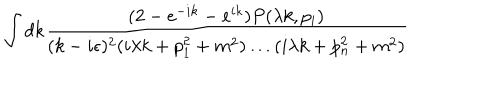
LaTeX: \int d k \frac { ( 2 - e ^ { - i k } - e ^ { i k } ) P ( \lambda k , p _ { i } ) } { ( k - i \epsilon ) ^ { 2 } ( i \lambda k + p _ { 1 } ^ { 2 } + m ^ { 2 } ) \ldots ( i \lambda k + p _ { n } ^ { 2 } + m ^ { 2 } ) }